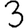
Digit: 3